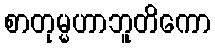
စာတုမ္မဟာဘူတိကော